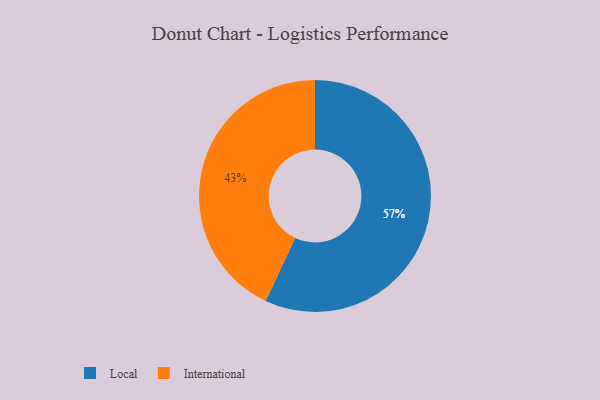
{"axis": {"x": "Category", "y": "Percentage"}, "legend": ["International", "Local"], "data": [{"x": "International", "y": 43, "type": "International"}, {"x": "Local", "y": 57, "type": "Local"}]}